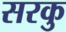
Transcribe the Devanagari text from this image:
सरकु